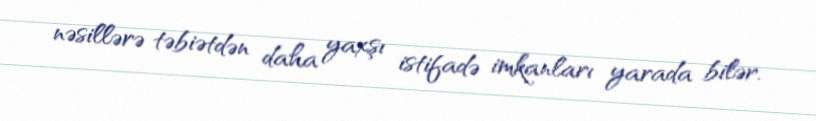
nəsillərə təbiətdən daha yaxşı istifadə imkanları yarada bilər.